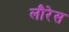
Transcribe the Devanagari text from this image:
लौरेस